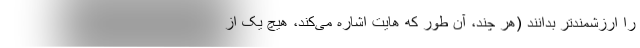
را ارزشمندتر بدانند (هر چند، آن طور که هایت اشاره می‌کند، هیچ یک از